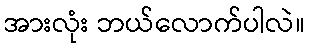
အားလုံး ဘယ်လောက်ပါလဲ။